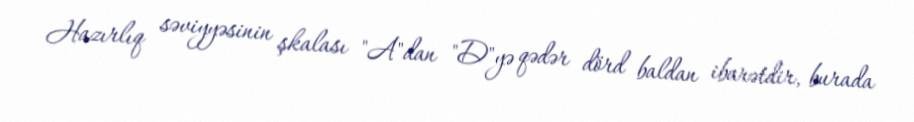
Hazırlıq səviyyəsinin şkalası "A"dan "D"yə qədər dörd baldan ibarətdir, burada